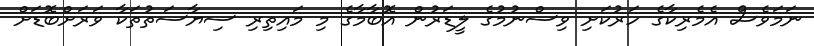
ނަމަވެސް އެމެރިކާގެ ހަރުކަށި ވިސްނުމުގެ ލީޑަރުން އޮބާމާގެ މި މައިތިރި ސިޔާސަތުތަކާ ވަރަށްބޮޑަށް